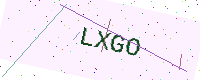
Text: LXGO